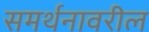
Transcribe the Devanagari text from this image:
समर्थनावरील